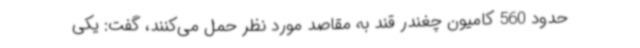
حدود 560 کامیون چغندر قند به مقاصد مورد نظر حمل می‌کنند، گفت: یکی